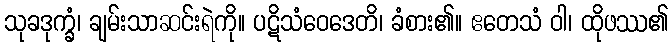
သုခဒုက္ခံ၊ ချမ်းသာဆင်းရဲကို။ ပဋိသံဝေဒေတိ၊ ခံစား၏။ ဧတေသံ ဝါ၊ ထိုဖဿ၏